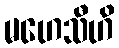
မဟေသီဟိ